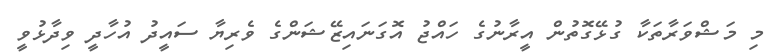
މި މަޝްވަރާތަކާ ގުޅޭގޮތުން އީރާނުގެ ހައްޖު އޮގަނައިޒޭޝަންގެ ވެރިޔާ ސައީދު އުހާދީ ވިދާޅުވީ